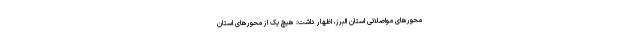
محورهای مواصلاتی استان البرز، اظهار داشت: هیچ یک از محورهای استان